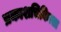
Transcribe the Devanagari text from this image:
प्रकाशचिकित्सा